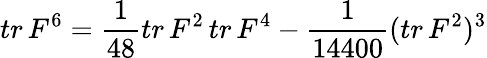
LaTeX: tr\, F^{6}=\frac{1}{48}tr\, F^{2}\, tr\, F^{4}-\frac{1}{14400}(tr\, F^{2})^{3}